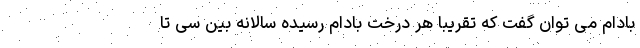
بادام می توان گفت که تقریباً هر درخت بادام رسیده سالانه بین سی تا